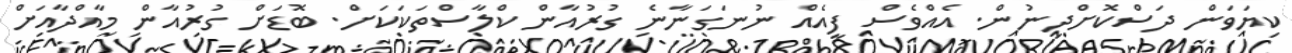
ކިޔަވަން ދަސްކޮށްދިނުން. އެއްވެސް ފީއެއް ނުނަގަނާނެ ގުރުއާން ކްލާސްތަކަކަށް. ބޮޑަށް ގުރުއާން މާއްދާއަށް